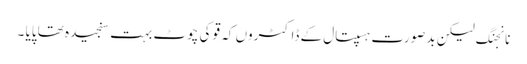
نانجنگ لیکن بدصورت ہسپتال کے ڈاکٹروں کہ قو کی چوٹ بہت سنجیدہ تھا پایا ۔